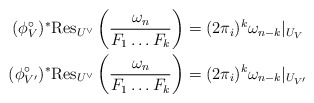
\begin{align*}(\phi^\circ_V)^* \mathrm{Res}_{U^\vee}\left( \frac{\omega_n}{F_1\dots F_k} \right) & = (2\pi_i)^k \omega_{n-k}|_{U_V}\\(\phi^\circ_{V'})^*\mathrm{Res}_{U^\vee}\left(\frac{\omega_n}{F_1\dots F_k} \right) &= (2\pi_i)^k \omega_{n-k}|_{U_{V'}}\end{align*}